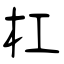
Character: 杠